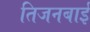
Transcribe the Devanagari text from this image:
तिजनबाई